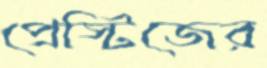
প্রেস্টিজের